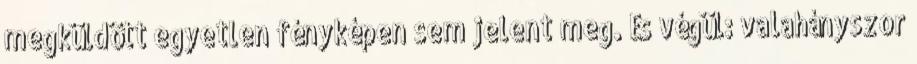
megküldött egyetlen fényképen sem jelent meg. És végül: valahányszor